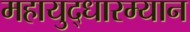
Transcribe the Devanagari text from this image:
महायुद्धारम्यान